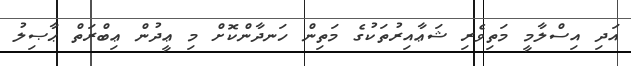
އަދި އިސްލާމީ މަތިވެރި ޝަޢާއިރުތަކުގެ މަތިން ހަނދާންކޮށް މި ޢީދުން ޢިބްރަތް ޙާޞިލު